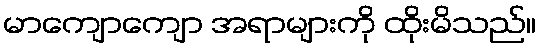
မာကျောကျော အရာများကို ထိုးမိသည်။